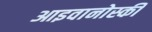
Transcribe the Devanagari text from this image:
आइवानोस्की